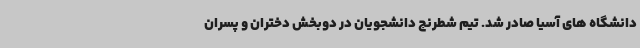
دانشگاه های آسیا صادر شد. تیم شطرنج دانشجویان در دوبخش دختران و پسران